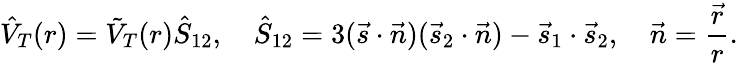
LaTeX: \hat{V}_{T}(r)=\tilde{V}_{T}(r)\hat{S}_{12},\quad\hat{S}_{12}=3(\vec{s}\cdot\vec{n})(\vec{s}_{2}\cdot\vec{n})-\vec{s}_{1}\cdot\vec{s}_{2},\quad\vec{n}=\frac{\vec{r}}{r}.